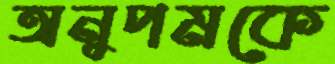
অনুপমকে